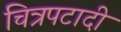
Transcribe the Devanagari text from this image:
चित्रपटादी